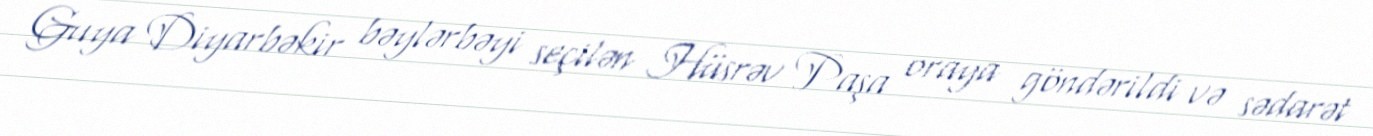
Guya Diyarbəkir bəylərbəyi seçilən Hüsrəv Paşa oraya göndərildi və sədarət